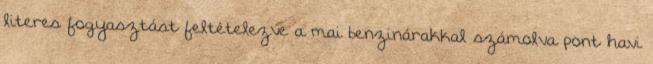
literes fogyasztást feltételezve a mai benzinárakkal számolva pont havi